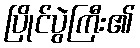
ပြိုင်ပွဲကြီး၏